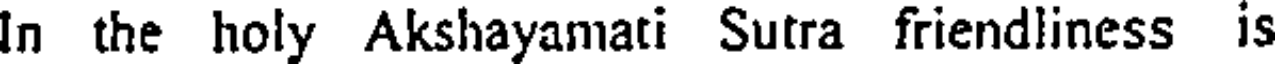
In the holy Akshayamati Sutra friendliness is